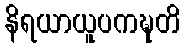
နိရယာယူပကဍ္ဎတိ